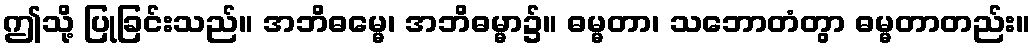
ဤသို့ ပြုခြင်းသည်။ အဘိဓမ္မေ၊ အဘိဓမ္မာ၌။ ဓမ္မတာ၊ သဘောတံတွာ ဓမ္မတာတည်း။